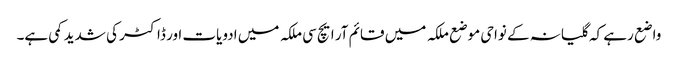
واضع رہے کہ گلیانہ کے نواحی موضع ملکہ میں قائم آر ایچ سی ملکہ میں ادویات اور ڈاکٹر کی شدید کمی ہے۔